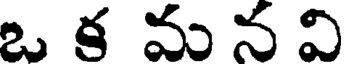
ఒ క మ న వి